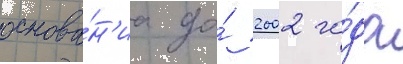
основа́н'иа до́ 2002 го́да